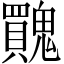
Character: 𩴬